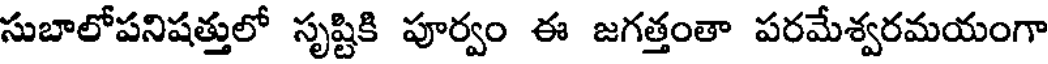
సుబాలోపనిషత్తులో సృష్టికి పూర్వం ఈ జగత్తంతా పరమేశ్వరమయంగా